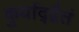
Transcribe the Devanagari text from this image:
कुर्याद्द्वैतं